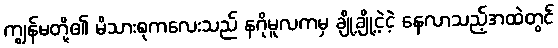
ကျွန်မတို့၏ မိသားစုကလေးသည် နဂိုမူလကမှ ချို့ချို့ငဲ့ငဲ့ နေလာသည့်အထဲတွင်